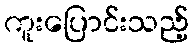
ကူးပြောင်းသည့်